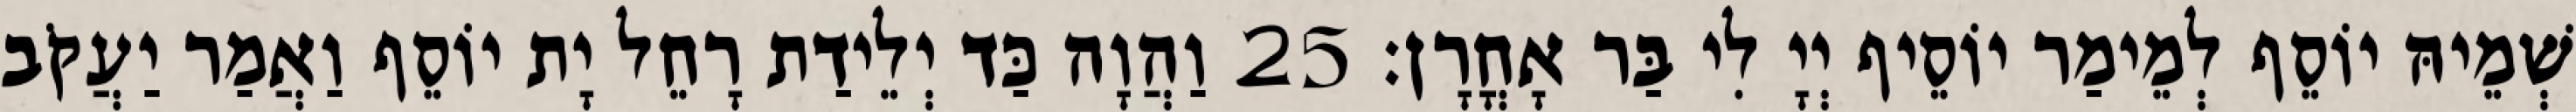
שְׁמֵיהּ יוֹסֵף לְמֵימַר יוֹסֵיף יְיָ לִי בַּר אָחֳרָן׃ 25 וַהֲוָה כַּד יְלֵידַת רָחֵל יָת יוֹסֵף וַאֲמַר יַעֲקֹב